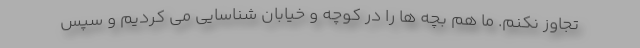
تجاوز نکنم. ما هم بچه ها را در کوچه و خیابان شناسایی می کردیم و سپس